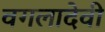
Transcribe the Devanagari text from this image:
वगलादेवी